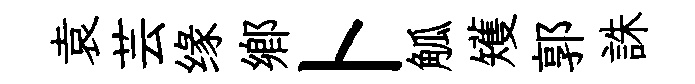
袁芸缘鄉卜觚矱郭誅